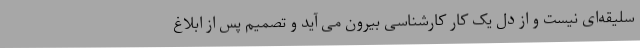
سلیقه‌ای نیست و از دل یک کار کارشناسی بیرون می آید و تصمیم پس از ابلاغ